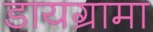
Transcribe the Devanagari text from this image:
डायग्रामा